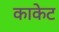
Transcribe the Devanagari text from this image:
काकेट